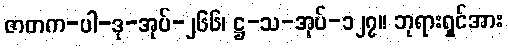
ဇာတက-ပါ-ဒု-အုပ်-၂၆၆၊ ဋ္ဌ-သ-အုပ်-၁၂၇။ ဘုရားရှင်အား